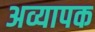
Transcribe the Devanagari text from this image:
अव्यापक